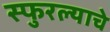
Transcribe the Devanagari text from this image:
स्फुरल्याचे